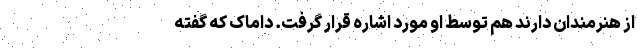
از هنرمندان دارند هم توسط او مورد اشاره قرار گرفت. داماک که گفته